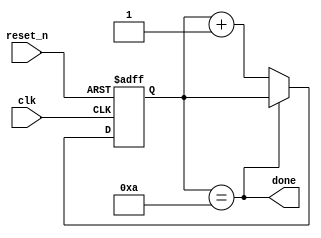
module timer  
#(parameter FINAL_VALUE=10)
(
  input clk, reset_n,
  output done
  );

localparam BITS = $clog2(FINAL_VALUE) + 1;

reg [BITS-1:0] Q;


always@(posedge clk, negedge reset_n)
begin
  if(~reset_n)
    Q <= 0;
  else if (~done)
   Q <= Q + 1;
 else
   Q <= Q;
end


assign done = (Q == FINAL_VALUE);

endmodule